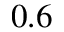
0 . 6